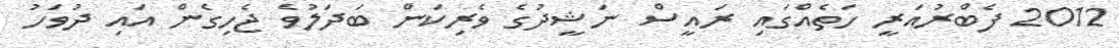
2012 ފެބްރުއަރީ ހަތެއްގައި ރައީސް ނަޝީދުގެ ވެރިކަން ބަދަލުވެ ޖެހިގެން އައި ދުވަހު